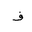
Letter: _fa